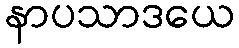
နာပသာဒယေ